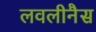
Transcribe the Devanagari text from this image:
लवलीनैस